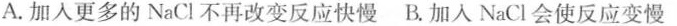
A.加入更多的NaCl不再改变反应快慢B.加入NaCl会使反应变慢